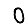
Digit: 0